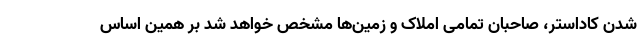
شدن کاداستر، صاحبان تمامی املاک و زمین‌ها مشخص خواهد شد بر همین اساس